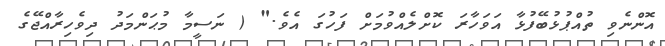
އޮންނެވި ތުއްޕުޅުބޭފުޅާ އަވަހާރަ ކޮށްލެއްވުމަށް ފަހުގަ އެވެ." ( ނަސީމާ މުޙަންމަދު ދިވެހިރާއްޖޭގެ